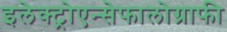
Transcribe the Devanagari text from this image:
इलेक्ट्रोएन्सेफालोग्राफी